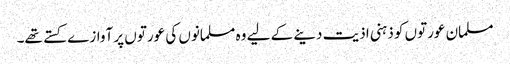
مسلمان عورتوں کو ذہنی اذیت دینے کے لیے وہ مسلمانوں کی عورتوں پر آوازے کستے تھے۔